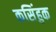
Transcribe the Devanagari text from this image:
कसिंहुक